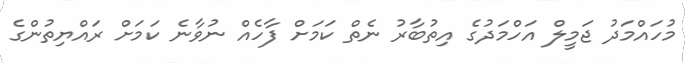
މުހައްމަދު ޖަމީލް އަހްމަދުގެ އިތުބާރު ނެތް ކަމަށް ފާހެއް ނުވާނެ ކަމަށް ރައްޔިތުންގެ